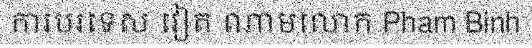
ការបរទេស វៀត ណាមលោក Pham Binh